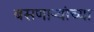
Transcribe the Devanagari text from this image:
बसणार्‍यांच्या